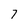
Character: 7